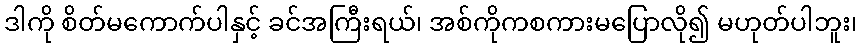
ဒါကို စိတ်မကောက်ပါနှင့် ခင်အကြီးရယ်၊ အစ်ကိုကစကားမပြောလို၍ မဟုတ်ပါဘူး၊